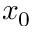
x _ { 0 }